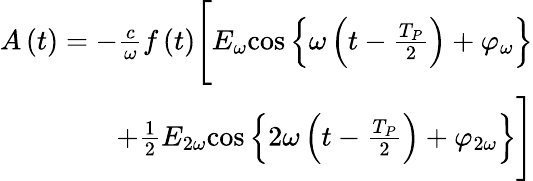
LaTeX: \begin{array}{r}{A\left(t\right)=-\frac{c}{\omega}f\left(t\right)\Bigg[E_{\omega}{\cos}\left\{ \omega\left(t-\frac{T_{P}}{2}\right)+\varphi_{\omega}\right\} }\\ {+\frac{1}{2}E_{2\omega}{\cos}\left\{ 2\omega\left(t-\frac{T_{P}}{2}\right)+\varphi_{2\omega}\right\} \Bigg]}\end{array}